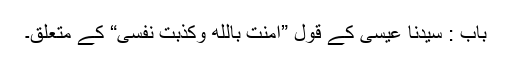
باب : سیدنا عیسیٰؑ کے قول ”امنت بالله وکذبت نفسی“ کے متعلق۔